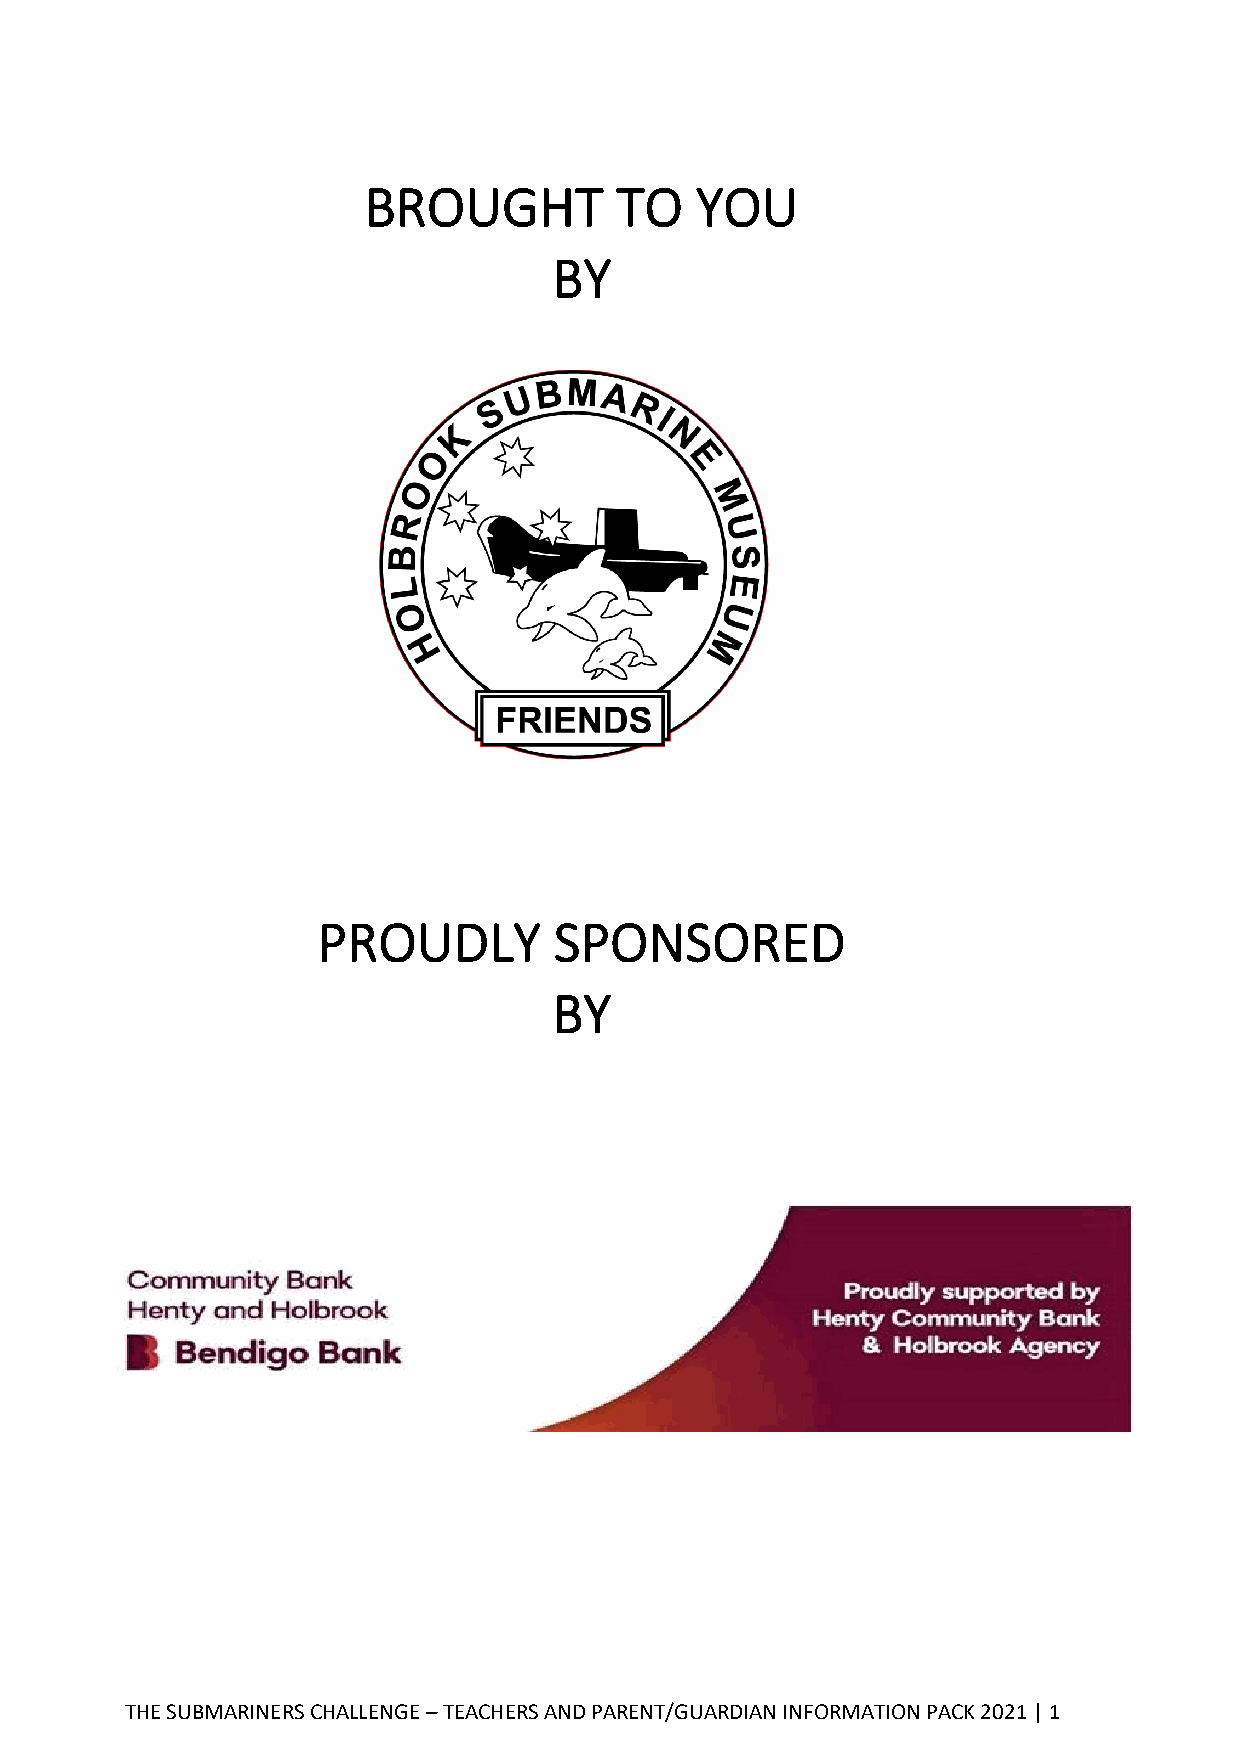
BROUGHT          TO   YOU
 BY
 PROUDLY         SPONSORED
 BY
 THE SUBMARINERS CHALLENGE – TEACHERS AND PARENT/GUARDIAN INFORMATION PACK 2021 | 1